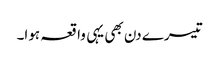
تیسرے دن بھی یہی واقعہ ہوا۔